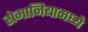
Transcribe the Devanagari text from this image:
रोमानियामध्ये